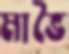
মাভৈ